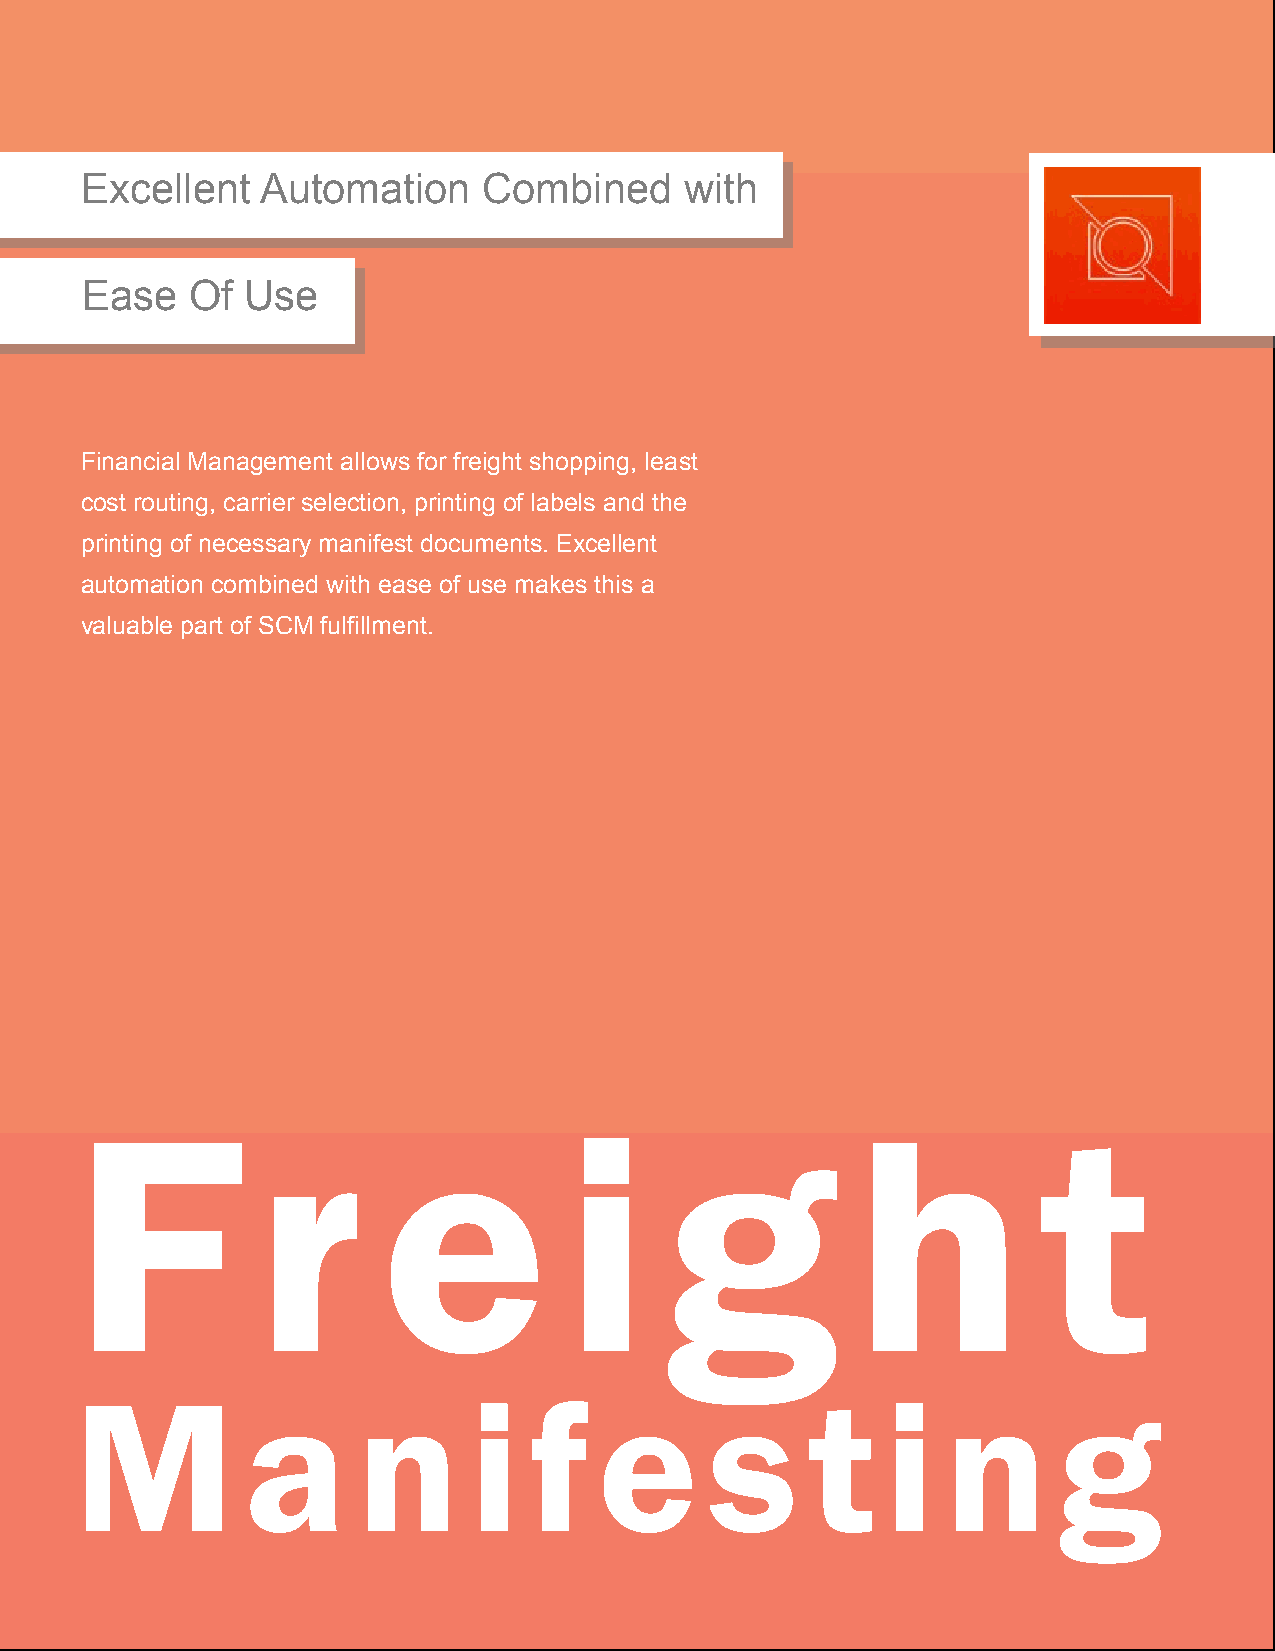
Excellent   Automation     Combined     with
 Ease    Of Use
 Financial Management allows for freight shopping, least
 cost routing, carrier selection, printing of labels and the
 printing of necessary manifest documents. Excellent
 automation combined with ease of use makes this a
 valuable part of SCM fulfillment.
 F           r       e           i      g            h           t
 M          a       n      i   f    e      s      t    i   n      g